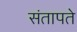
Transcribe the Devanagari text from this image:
संतापते